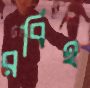
রবিহ